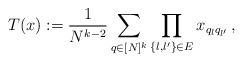
LaTeX: \begin{align*}T(x) &:= \frac{1}{N^{k-2}}\sum_{q\in [N]^k} \prod_{\{l,l'\}\in E}x_{q_lq_{l'}}\, ,\end{align*}